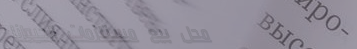
محل بيع مستلزمات الحيوانا